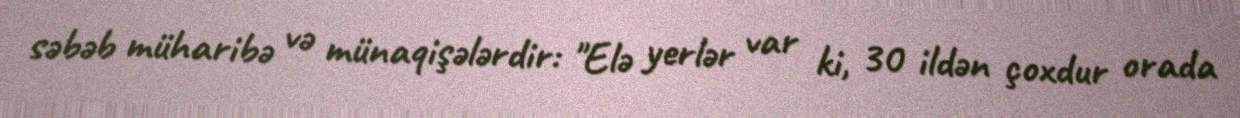
səbəb müharibə və münaqişələrdir: "Elə yerlər var ki, 30 ildən çoxdur orada